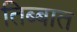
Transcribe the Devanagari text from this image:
तिब्बात